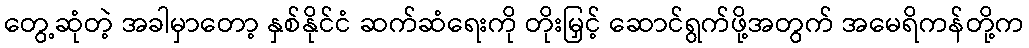
တွေ့ဆုံတဲ့ အခါမှာတော့ နှစ်နိုင်ငံ ဆက်ဆံရေးကို တိုးမြှင့် ဆောင်ရွက်ဖို့အတွက် အမေရိကန်တို့က